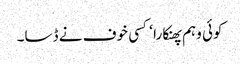
کوئی وہم پھنکارا ‘ کسی خوف نے ڈسا۔